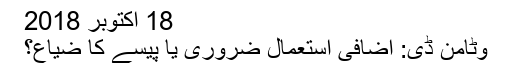
18 اکتوبر 2018
وٹامن ڈی: اضافی استعمال ضروری یا پیسے کا ضیاع؟